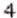
4